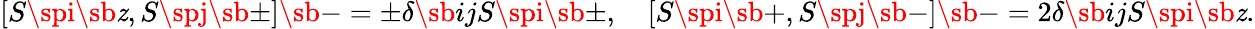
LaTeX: [S\spi\sb\mathit{z},S\spj\sb\pm]\sb-=\pm\delta\sb{ij}S\spi\sb\pm,\quad[S\spi\sb+,S\spj\sb-]\sb-=2\delta\sb{ij}S\spi\sb\mathit{z}.